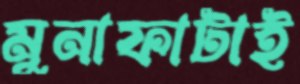
মুনাফাটাই